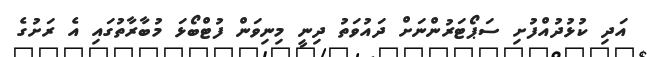
އަދި ކުޅުދުއްފުށި ސަޕޯޓަރުންނަށް ދައުވަތު ދިނީ މިނިވަން ފުޓްބޯޅަ މުބާރާތުގައި އެ ރަށުގެ